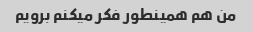
من هم همینطور فکر میکنم برویم